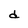
Character: d